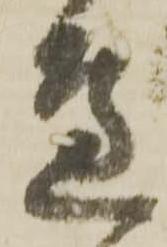
邊